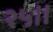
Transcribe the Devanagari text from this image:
२५॥